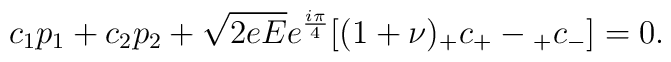
c_1p_1+c_2p_2+\sqrt{2eE}e^{\frac{i\pi}{4}}[(1+\nu){}_+c_+-{}_+c_-]=0.